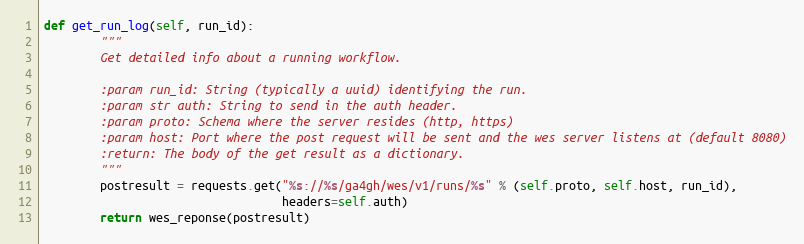
Language: Python
def get_run_log(self, run_id):
        """
        Get detailed info about a running workflow.

        :param run_id: String (typically a uuid) identifying the run.
        :param str auth: String to send in the auth header.
        :param proto: Schema where the server resides (http, https)
        :param host: Port where the post request will be sent and the wes server listens at (default 8080)
        :return: The body of the get result as a dictionary.
        """
        postresult = requests.get("%s://%s/ga4gh/wes/v1/runs/%s" % (self.proto, self.host, run_id),
                                  headers=self.auth)
        return wes_reponse(postresult)